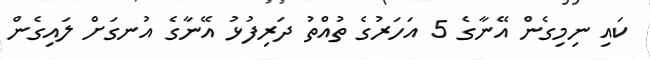
ކައި ނިމިގެން އޭނާގެ 5 އަހަރުގެ ތުއްތު ދަރިފުޅު އޭނާގެ އުނގަށް ލައިގެން